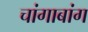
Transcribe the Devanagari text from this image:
चांगाबांग